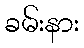
ခမ်းနား